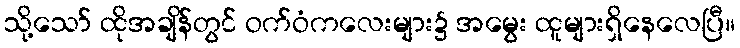
သို့သော် ထိုအချိန်တွင် ဝက်ဝံကလေးများ၌ အမွေး ထူများရှိနေလေပြီ။